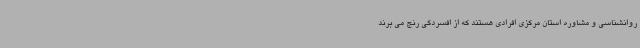
روانشناسی و مشاوره استان مرکزی افرادی هستند که از افسردگی رنج می برند